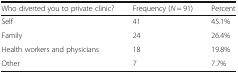
<table><thead><tr><td><b>Who diverted you to private clinic?</b></td><td><b>Frequency (<i>N</i> = 91)</b></td><td><b>Percent</b></td></tr></thead><tbody><tr><td>Self</td><td>41</td><td>45.1%</td></tr><tr><td>Family</td><td>24</td><td>26.4%</td></tr><tr><td>Health workers and physicians</td><td>18</td><td>19.8%</td></tr><tr><td>Other</td><td>7</td><td>7.7%</td></tr></tbody></table>